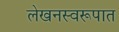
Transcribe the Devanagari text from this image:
लेखनस्वरूपात